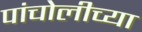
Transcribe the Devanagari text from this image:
पांचोलीच्या